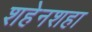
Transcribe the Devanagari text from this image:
शहेनशहा